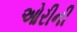
ઓરીની